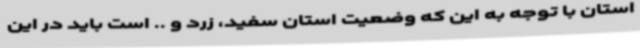
استان با توجه به این که وضعیت استان سفید، زرد و .. است باید در این